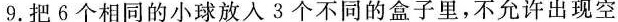
9.把6个相同的小球放入3个不同的盒子里，不允许出现空